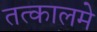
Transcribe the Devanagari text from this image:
तत्कालमे